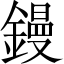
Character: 鏝